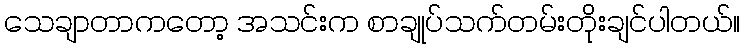
သေချာတာကတော့ အသင်းက စာချုပ်သက်တမ်းတိုးချင်ပါတယ်။